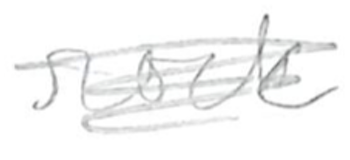
Text: rock
Cross-out: scratch
Writing tool: pencil